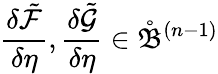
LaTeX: \frac{\delta\tilde{\mathcal{F}}}{\delta\eta},\frac{\delta\tilde{\mathcal{G}}}{\delta\eta}\in\mathring{\mathfrak{B}}^{(n-1)}